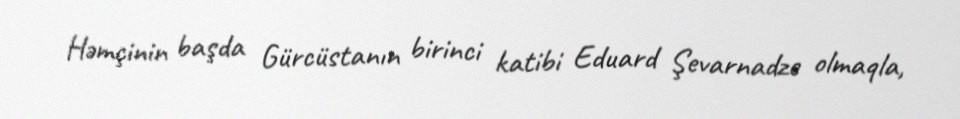
Həmçinin başda Gürcüstanın birinci katibi Eduard Şevarnadze olmaqla,